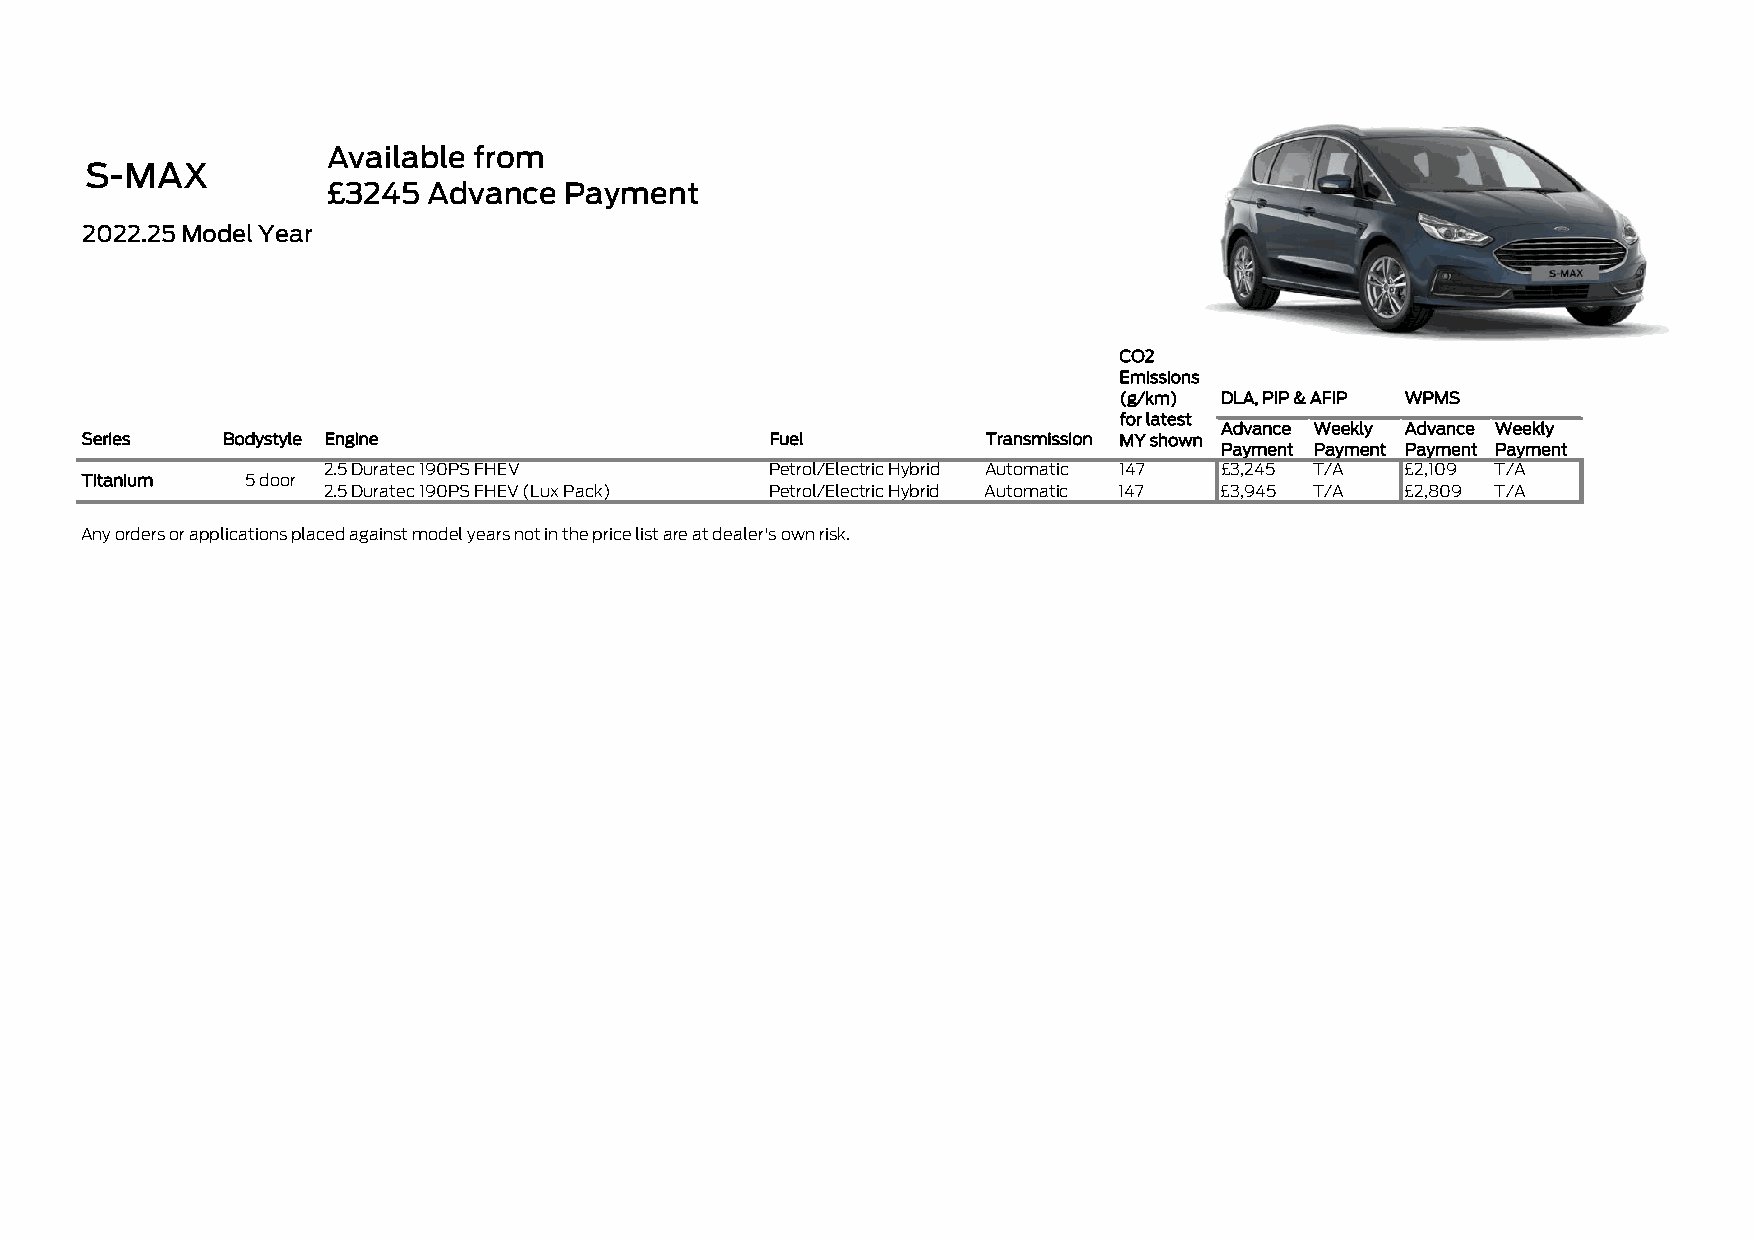
Available from
 S-MAX
 £3245 Advance  Payment
 2022.25 Model Year
 CO2
 Emissions
 (g/km) DLA, PIP & AFIP WPMS
 for latest
 Advance Weekly Advance Weekly
 Series    Bodystyle Engine                    Fuel          Transmission MY shown
 Payment Payment Payment Payment
 2.5 Duratec 190PS FHEV        Petrol/Electric Hybrid Automatic 147 £3,245 T/A £2,109 T/A
 Titanium   5 door
 2.5 Duratec 190PS FHEV (Lux Pack) Petrol/Electric Hybrid Automatic 147 £3,945 T/A £2,809 T/A
 Any orders or applications placed against model years not in the price list are at dealer's own risk.